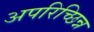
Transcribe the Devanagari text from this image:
अपरिच्छिन्न